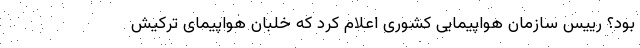
بود؟ رییس سازمان هواپیمایی کشوری اعلام کرد که خلبان هواپیمای ترکیش